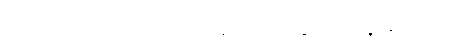
ကိုဆုကေသည် ပိုက်ဆံကို ပြန်ရေနေမိသည်။